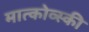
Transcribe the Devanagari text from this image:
मात्कोव्स्की